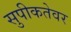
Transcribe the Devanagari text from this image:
सुपीकतेवर